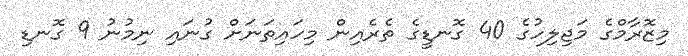
މިޒޮރާމްގެ މަޖިލިހުގެ 40 ގޮނޑީގެ ތެރެއިން މިހައިތަނަށް ގުނައި ނިމުނު 9 ގޮނޑި